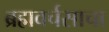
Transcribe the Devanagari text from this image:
ब्रह्मवर्चसाचा